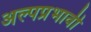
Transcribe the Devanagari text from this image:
अल्पप्रभावी